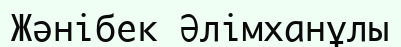
Жәнібек Әлімханұлы